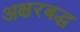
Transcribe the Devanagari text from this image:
अक्षरबद्ध